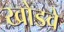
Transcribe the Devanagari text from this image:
खोडवे